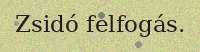
Zsidó felfogás.